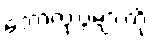
ဘောလုံးပွဲများကို